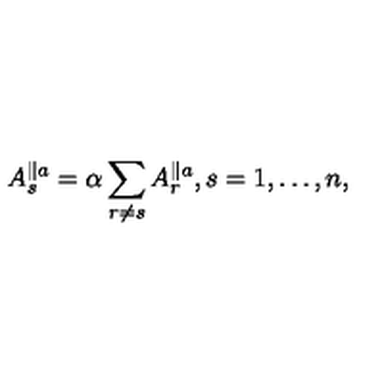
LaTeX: A _ { s } ^ { \parallel a } = \alpha \sum _ { r \ne s } A _ { r } ^ { \parallel a } , s = 1 , \ldots , n ,